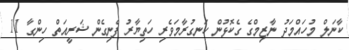
ކާނަލް މުހައްމަދު ނާޒިމްގެ ގެކޮޅުން ހަނގުރާމަވެރި ހަތިޔާރު ފެނިގެން ޝަރީއަތް ހިންގާ 11